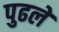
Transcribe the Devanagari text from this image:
पुढले